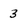
Character: 3